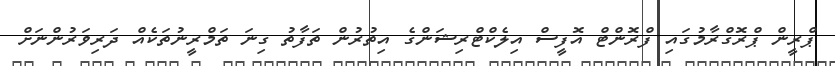
ޕްރީން ޕްރޮގްރާމުގައި ފްރޮންޓް އޮފީސް އިލެކްޓްރިޝަންގެ އިތުރުން ތަފާތު ގިނަ ތަމްރީނުތަކެއް ދަރިވަރުންނަށް